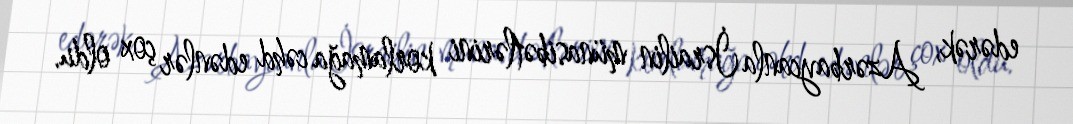
edərək, Azərbaycanla İsrailin münasibətlərini korlamağa cəhd edənlər çox oldu.